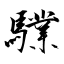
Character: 驜